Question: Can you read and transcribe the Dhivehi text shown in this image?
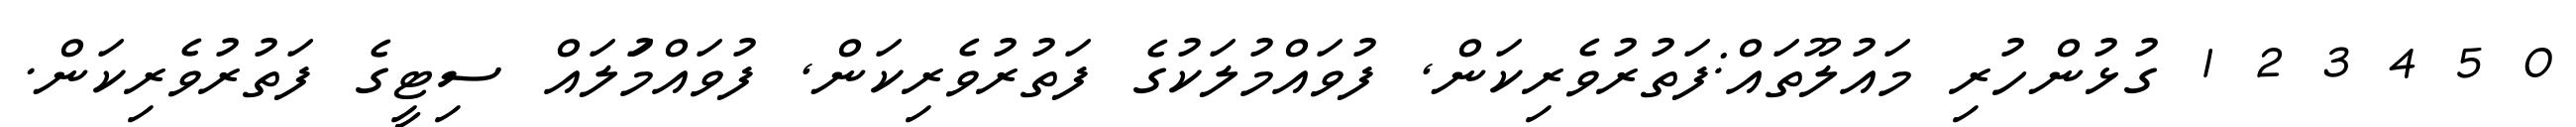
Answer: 0 5 4 3 2 1 ގުޅުންހުރި މައުލޫތައް:ފަތުރުވެރިކަން, ފުވައްމުލަކުގެ ފަތުރުވެރިކަން, ފުވައްމުަލައް ސިޓީގެ ފަތުރުވެރިކަން.